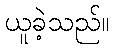
ယူခဲ့သည်။